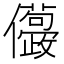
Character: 𠑛